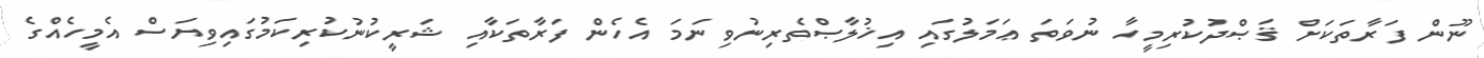
ނޫން ފަރާތަކަށް ޤަޞްދުކުރިމީހާ ނުވަތަ ޢަމަލުގައި އިޚުލާޞްތެރިނުވިނަމަ އެހެން ފަރާތަކާއި ޝަރީކުނުކުރިކަމުގައިވިޔަސް އެމީހެއްގެ